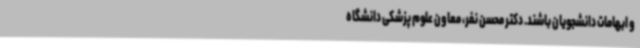
و ابهامات دانشجویان باشند. دکتر محسن نفر، معاون علوم پزشکی دانشگاه